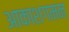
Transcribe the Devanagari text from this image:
आकाशगमन